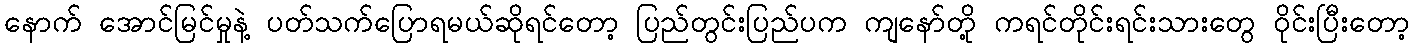
နောက် အောင်မြင်မှုနဲ့ ပတ်သက်ပြောရမယ်ဆိုရင်တော့ ပြည်တွင်းပြည်ပက ကျနော်တို့ ကရင်တိုင်းရင်းသားတွေ ဝိုင်းပြီးတော့